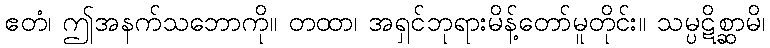
ဧတံ၊ ဤအနက်သဘောကို။ တထာ၊ အရှင်ဘုရားမိန့်တော်မူတိုင်း။ သမ္ပဋိစ္ဆာမိ၊